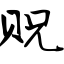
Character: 贶